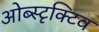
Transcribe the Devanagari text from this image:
ओब्स्टृक्टिव